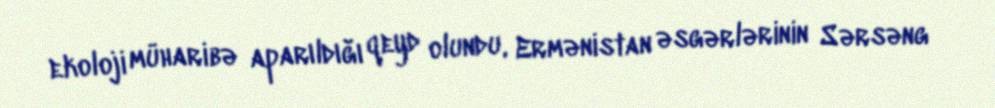
ekoloji müharibə aparıldığı qeyd olundu, Ermənistan əsgərlərinin Sərsəng